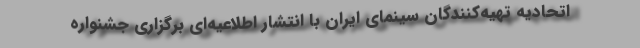
اتحادیه تهیه‌کنندگان سینمای ایران با انتشار اطلاعیه‌ای برگزاری جشنواره